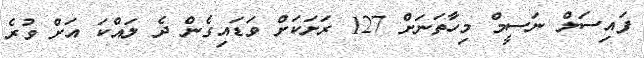
ފައިސަލް ނަސީމް މިހާތަނަށް 127 ރަށަކަށް ވަޑައިގެން ދެ ލައްކަ އަށް ވުރެ